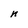
Character: n